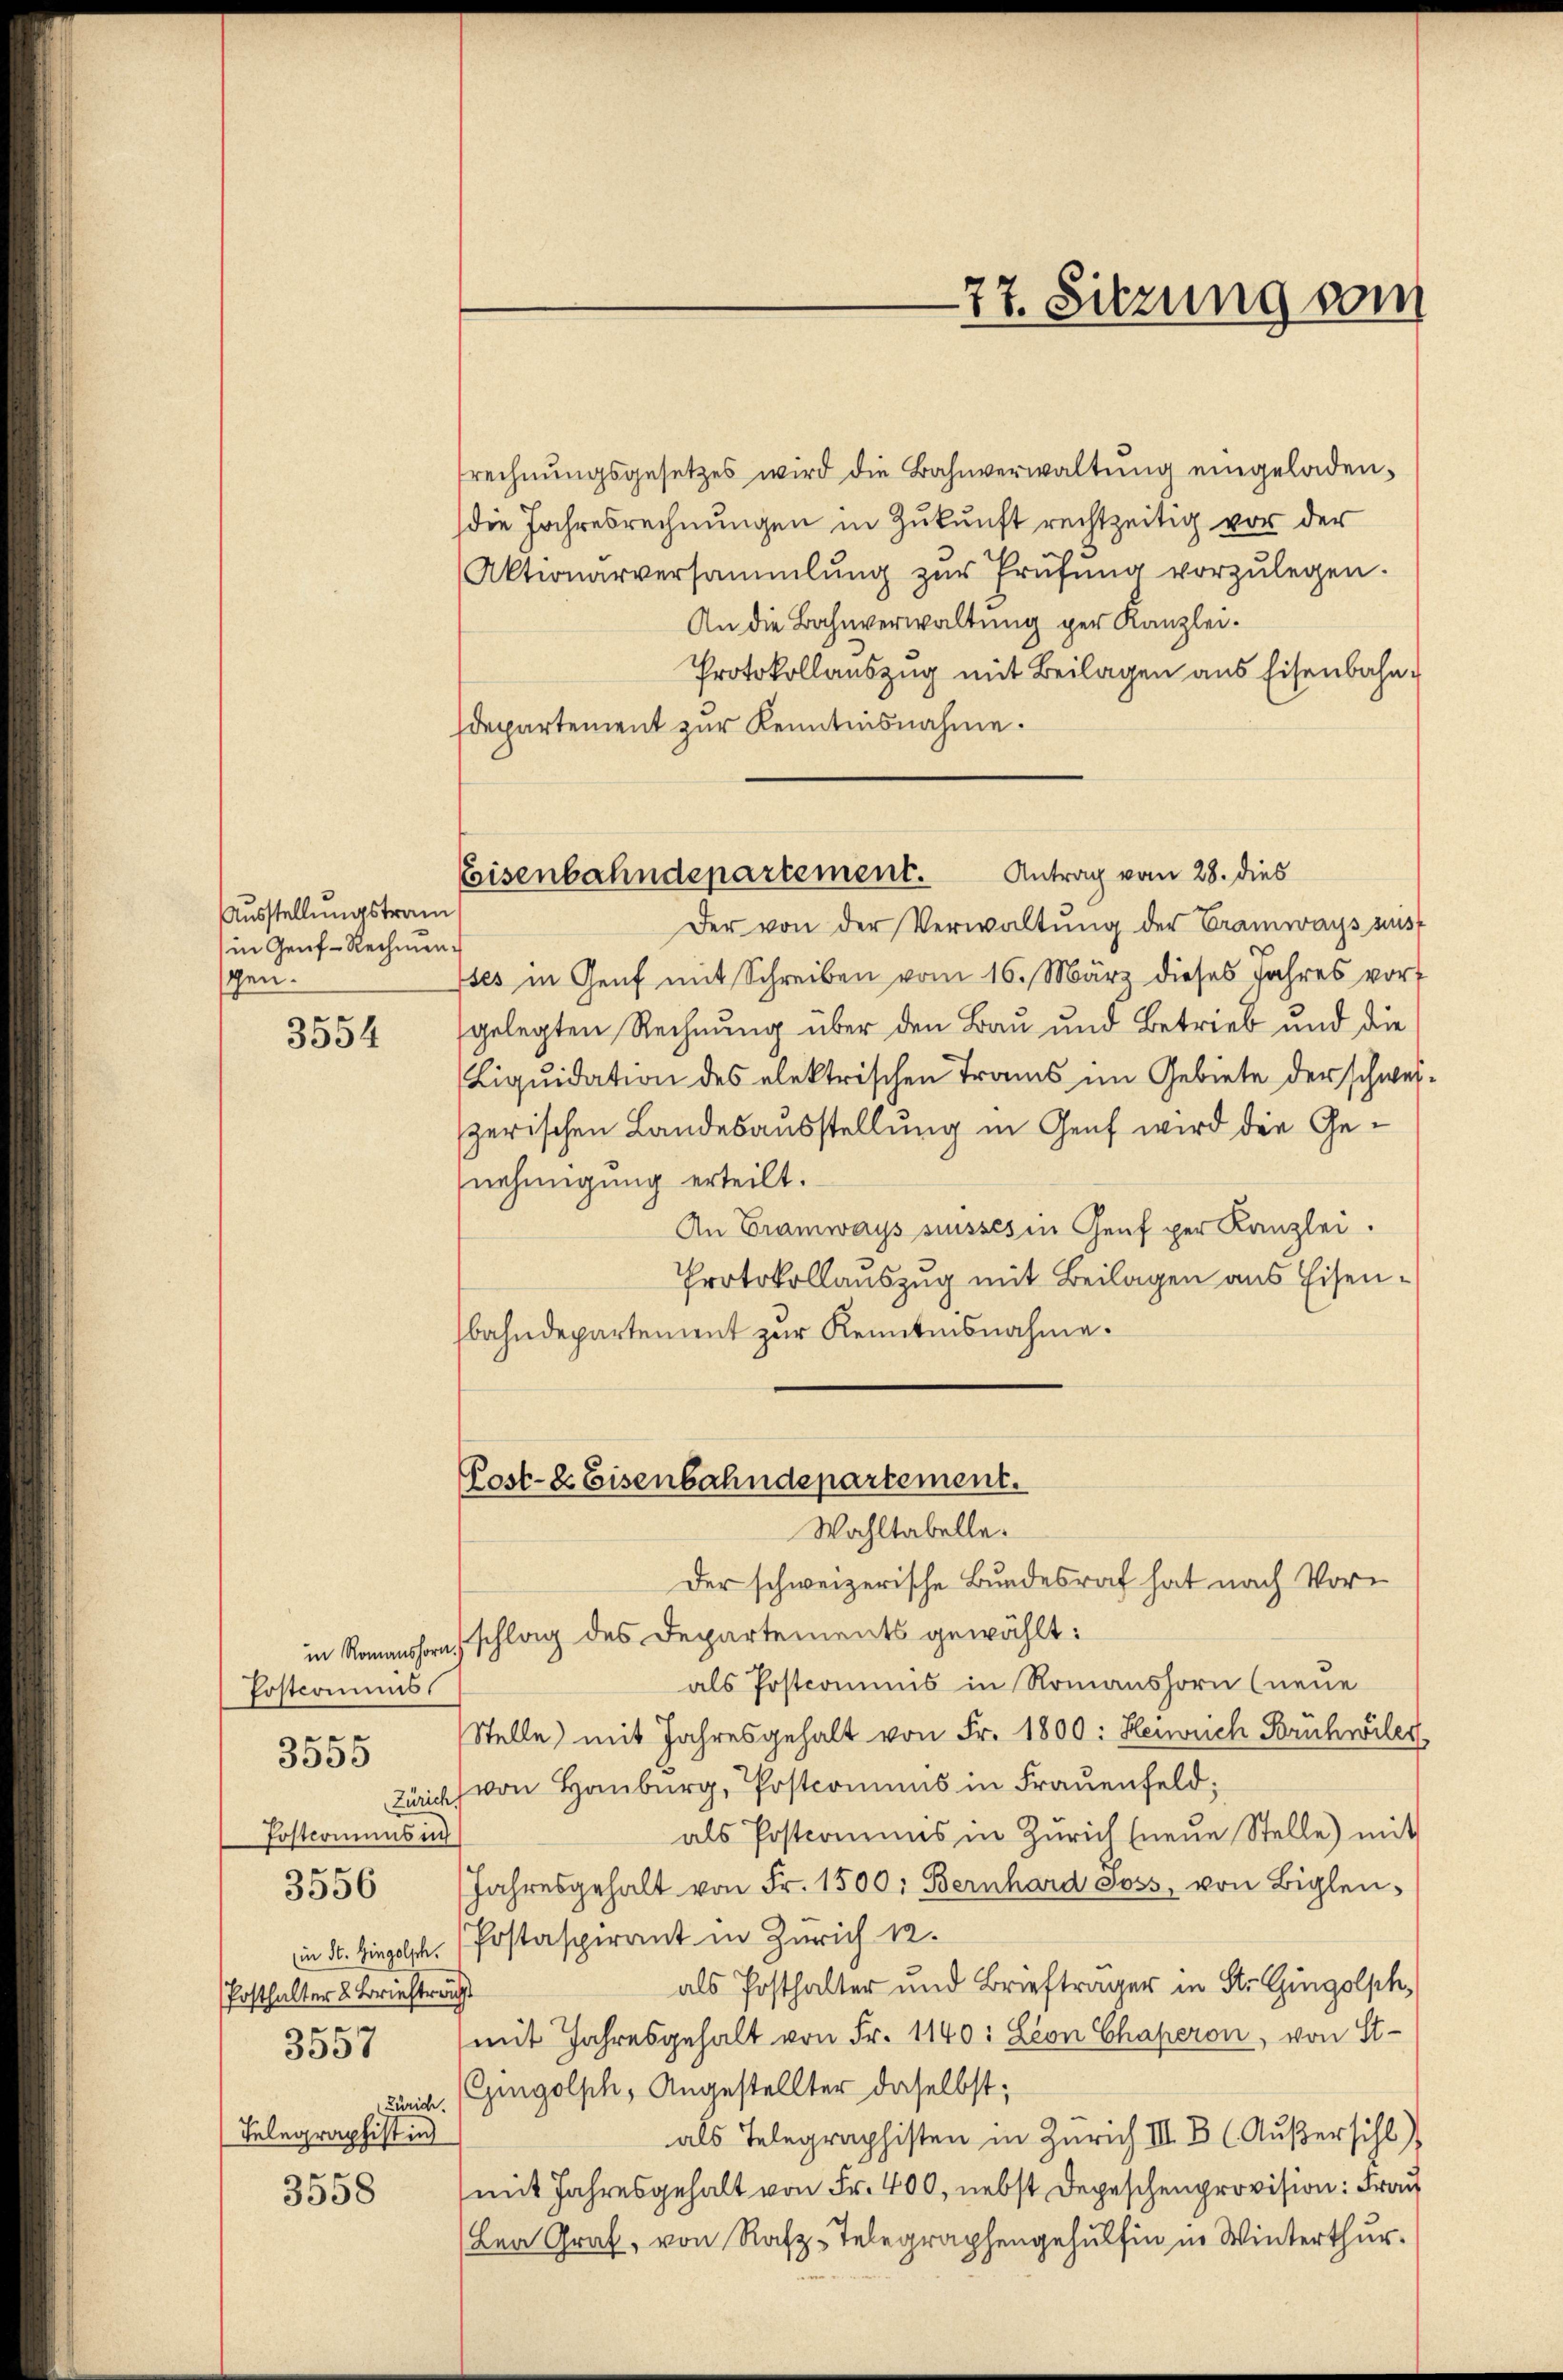
Ausstellungstram
in Genf-Rechnen
gen.

3554

Postcommis
Postcomuns in
Posthalter 2 Brieftra
3557
Telegraphistin
3558

3555

3556

Antrag vom 28. dies
Eisenbahndepartement.

rechnŭngsgesetzes wird die Bahnverwaltŭng eingeladen.
die Jahresrechnungen in Zukunft rechtzeitig vor der
Aktionarversammlung zŭr Prüfŭng vorzŭlegen.
An die Bahnverwaltung per Kanzlei.
Protokollauszug mit Beilagen aus Eisenbahn.
departement zur Kenntnisnahme.
Der von der Verwaltŭng der Tramways aust
ses in Genf mit Schreiben vom 16. März dieses Jahres vor
gelegten Rechnung über den Bau und Betrieb und die
Liquidation des elektrischen Trams im Gebiete der schweizerischen Landesausstellung in Genf wird die Genehmigung erteilt.
An Tramways suisses in Genf per Kanzlei.
Protokollauszug mit Beilagen aus Eisenbahndepartement zur Kenntnisnahme.

Post- & Eisenbahndepartement.
Wahltabelle.

77. Sitzung vom

Der schweizerische Bundesrat hat nach Vorin Romanshorn schlag des Departements gewählt:
als Postcommis in Romanshorn (neue
Stelle) mit Jahresgehalt von Fr. 1800: Heiwach Frühwiler
Zürich von Hauburg, Postcomums in Frauenfeld:
als Postcomins in Zürich (neue Stelle) mit
Jahresgehalt von Fr. 1500. Bernhard soss, von Biglen,
in St. Gingolph Postaspirant in Zürich 12.
als Posthalter und Briefträger in St. Gingolph,
mit Jahresgehalt von Fr. 1140: Leon Chaperon, von St
Zürich. Gingolph, Angestellter daselbst;
als Telegraphisten in Zürich III. B. (Außersihl),
mit Jahresgehalt von Fr. 400, nebst Depeschenprovision: Frau
Bea Graf, von Rafz-Telegraphengehülfen in Winterthur.